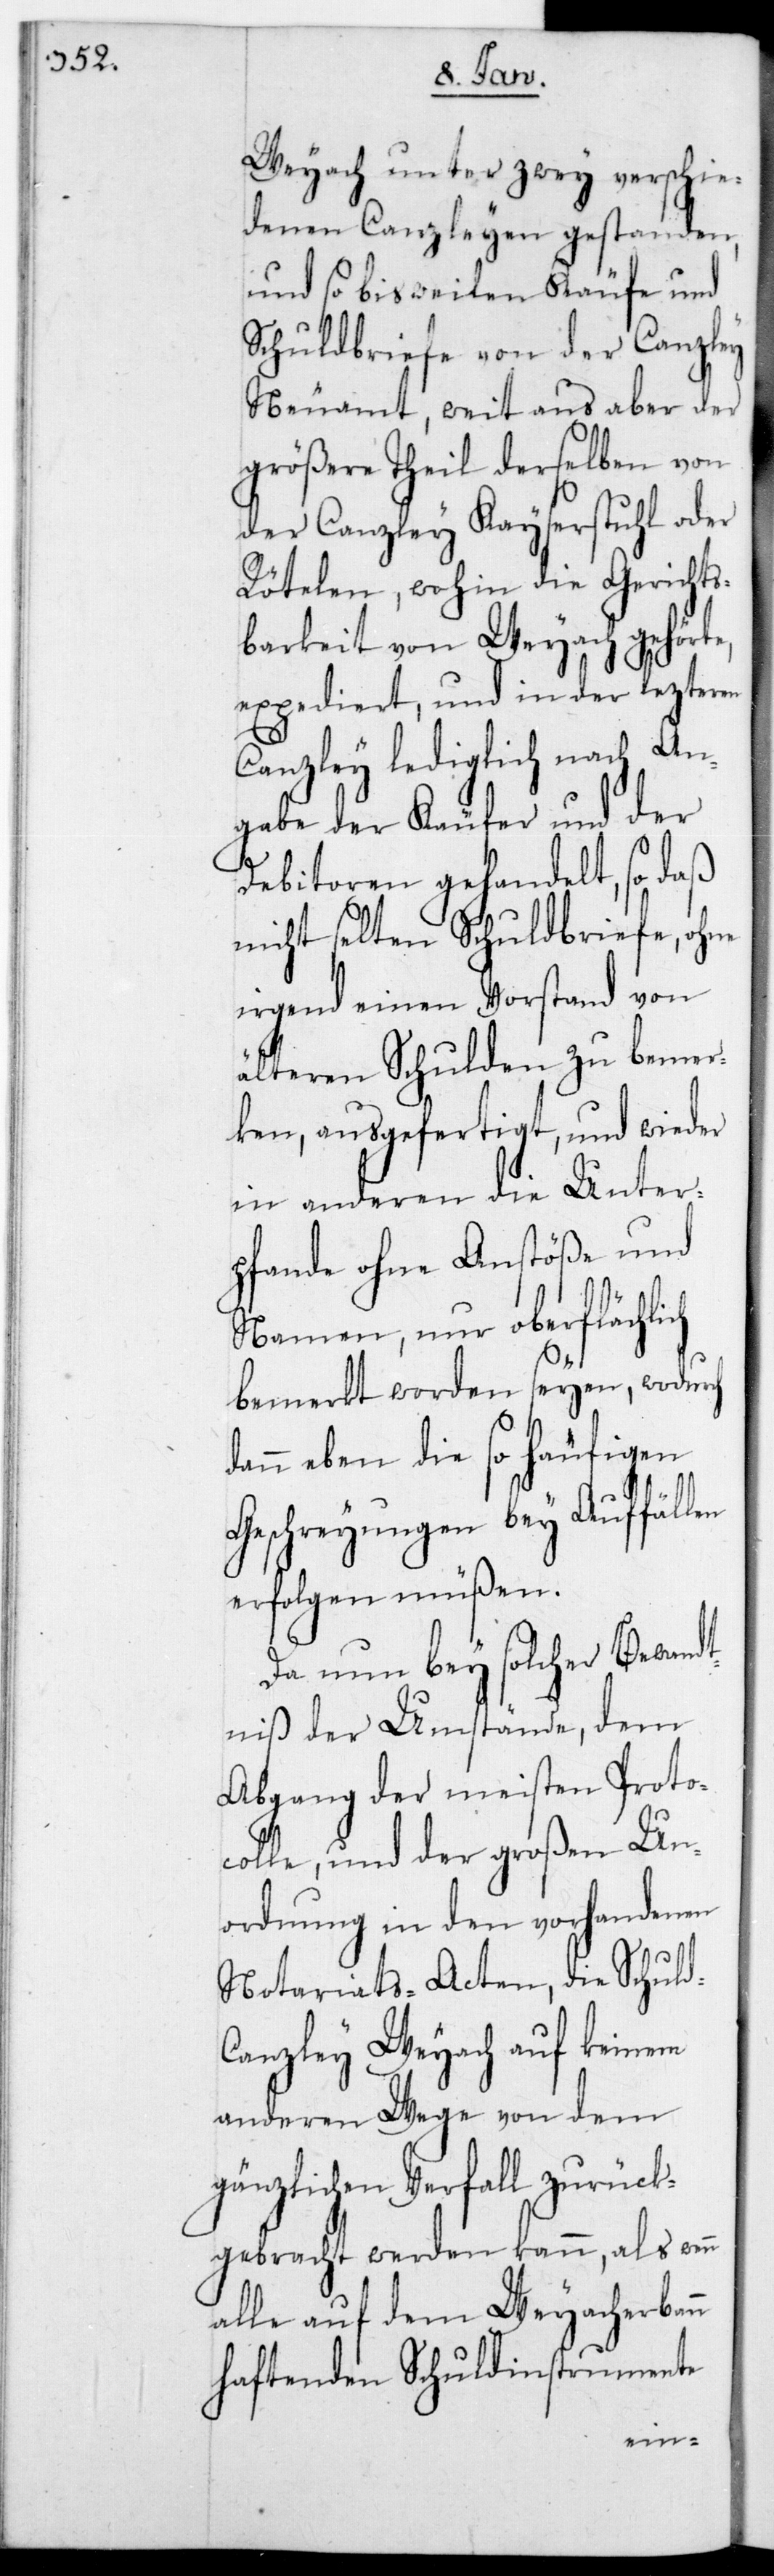
Weyach unter zwey verschie¬
denen Canzleyen gestanden,
und so bisweilen Käufe und
Schuldbriefe von der Canzley
Neuamt, weitaus aber der
größere Theil derselben von
der Canzley Kaiserstuhl oder
Rötelen, wohin die Gerichts¬
barkeit von Weyach gehörte,
expediert, und in der lezteren
Canzley lediglich nach An¬
gabe der Käufer und der
Debitoren gehandelt, so daß
nicht selten Schuldbriefe, ohne
irgend einen Vorstand von
älteren Schulden zu bemer¬
ken, ausgefertigt, und wieder
in anderen die Unter¬
pfande ohne Anstöße und
Namen, nur oberflächlich
bemerkt worden seien, wodurch
dann eben die so häufigen
Geschreyungen bey Auffäll¬
erfolgen müßen.
Da nun bey solcher Bewandt¬
niß der Umstände, dem
Abgang der meisten Prot¬
colle und der großen Un¬
ordnung in den vorhandenen
Notariats-Acten, die Schuld¬
canzley Weyach auf keinem
anderen Wege von dem
gänzlichen Verfall zurück¬
gebracht werden kann, als wenn
alle auf dem Weyacherbann
haftenden Schuldinstrumente
en